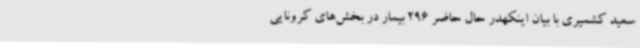
سعید کشمیری با بیان اینکهدر حال حاضر 296 بیمار در بخش‌های کرونایی